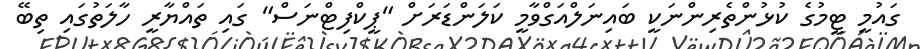
ގައުމީ ޓީމުގެ ކުޅުންތެރިންނަކީ ބައިނަލްއަގްވާމީ ކަލަންޑަރަށް "ޕީކްފިޓްނަސް" ގައި ތައްޔާރީ ހާލަތުގައި ތިބޭ